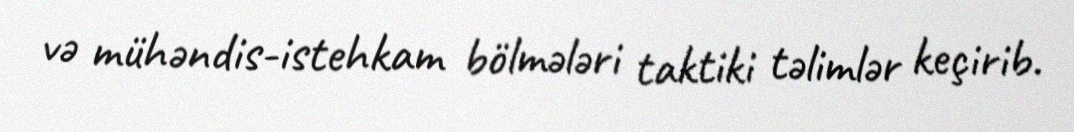
və mühəndis-istehkam bölmələri taktiki təlimlər keçirib.